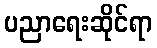
ပညာရေးဆိုင်ရာ